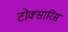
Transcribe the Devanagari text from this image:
टोक्सारिस